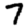
Digit: 7